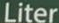
Liter